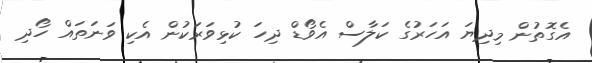
އެގޮތުން މިދިޔަ އަހަރުގެ ކަލާސް އެވޯޑް ދިހަ ކުޅިވަރަކުން އެކި ވަނަތައް ހޯދި